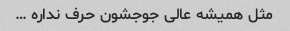
مثل همیشه عالی جوجشون حرف نداره …